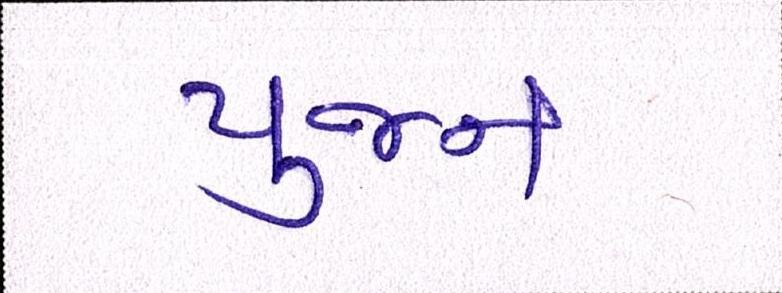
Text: પુજન